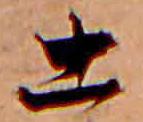
土